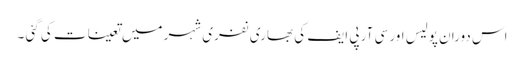
اس دوران پولیس اور سی آر پی ایف کی بھاری نفری شہر میں تعینات کی گئی ۔